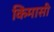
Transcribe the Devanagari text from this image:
किमासी